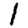
Digit: 1